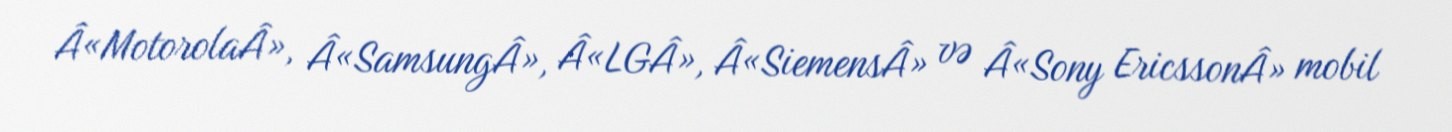
Â«MotorolaÂ», Â«SamsungÂ», Â«LGÂ», Â«SiemensÂ» və Â«Sony EricssonÂ» mobil